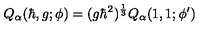
Q _ { \alpha } ( \hbar , g ; \phi ) = ( g \hbar ^ { 2 } ) ^ { \frac { 1 } { 3 } } Q _ { \alpha } ( 1 , 1 ; \phi ^ { \prime } )